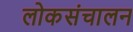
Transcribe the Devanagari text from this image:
लोकसंचालन